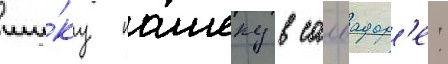
ши́ку пашеку в салвадор'е: